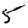
Digit: 5